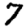
Digit: 7